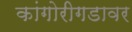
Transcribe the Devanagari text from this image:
कांगोरीगडावर